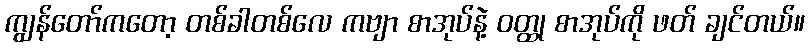
ကျွန်တော်ကတော့ တစ်ခါတစ်လေ ကဗျာ စာအုပ်နဲ့ ဝတ္ထု စာအုပ်ကို ဖတ် ချင်တယ်။